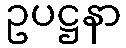
ဥပဋ္ဌနာ